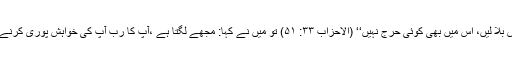
اور جسے چاہیں، الگ کرنے کے بعدواپس بلا لیں، اس میں بھی کوئی حرج نہیں‘‘ (الاحزاب ۳۳: ۵۱) تو میں نے کہا: مجھے لگتا ہے ،آپ کا رب آپ کی خواہش پوری کرنے میں جلدی کرتا ہے (بخاری، رقم ۴۷۸۸۔